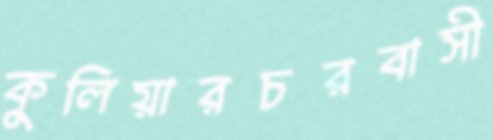
কুলিয়ারচরবাসী